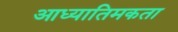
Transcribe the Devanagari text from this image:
आध्यातिमकता